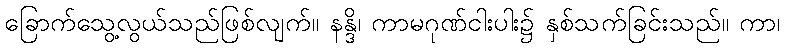
ခြောက်သွေ့လွယ်သည်ဖြစ်လျက်။ နန္ဒိ၊ ကာမဂုဏ်ငါးပါး၌ နှစ်သက်ခြင်းသည်။ ကာ၊